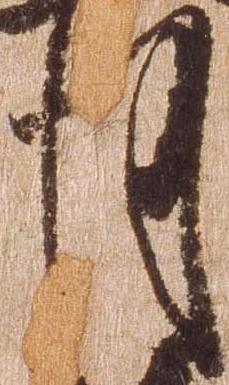
月